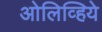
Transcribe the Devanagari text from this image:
ओलिव्हिये